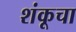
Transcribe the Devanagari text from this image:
शंकूचा